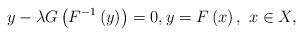
LaTeX: \begin{align*}y-\lambda G\left( F^{-1}\left( y\right) \right) =0,y=F\left( x\right),\ x\in X, \end{align*}